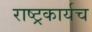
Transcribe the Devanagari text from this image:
राष्ट्रकार्यच